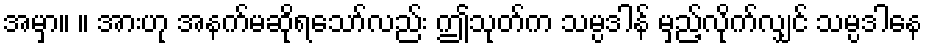
အမှာ။ ။ အားဟု အနက်မဆိုရသော်လည်း ဤသုတ်က သမ္ပဒါန် မှည့်လိုက်လျှင် သမ္ပဒါနေ